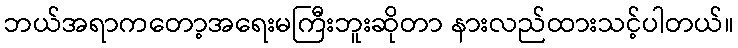
ဘယ်အရာကတော့အရေးမကြီးဘူးဆိုတာ နားလည်ထားသင့်ပါတယ်။